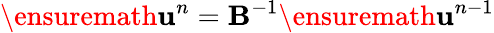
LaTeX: \ensuremath{\mathbf{u}}^{n}=\mathbf{B}^{-1}\ensuremath{\mathbf{u}}^{n-1}